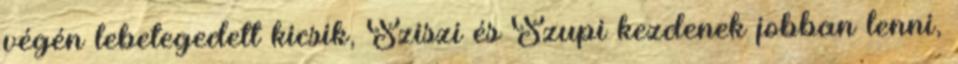
végén lebetegedett kicsik, Sziszi és Szupi kezdenek jobban lenni,